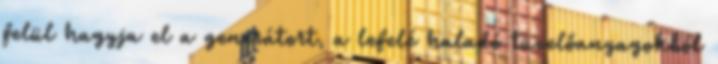
felül hagyja el a generátort, a lefelé haladó tüzelőanyagokból